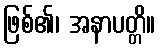
ဖြစ်၏၊ အနာပတ္တိ။